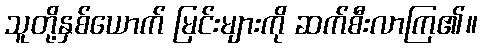
သူတို့နှစ်ယောက် မြင်းများကို ဆက်စီးလာကြ၏။